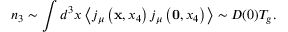
n _ { 3 } \sim \int d ^ { 3 } x \left< j _ { \mu } \left( { \bf x } , x _ { 4 } \right) j _ { \mu } \left( { \bf 0 } , x _ { 4 } \right) \right> \sim { \cal D } ( 0 ) T _ { g } .